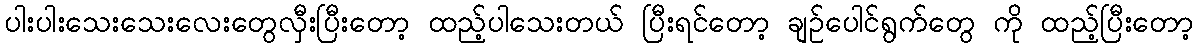
ပါးပါးသေးသေးလေးတွေလှီးပြီးတော့ ထည့်ပါသေးတယ် ပြီးရင်တော့ ချဉ်ပေါင်ရွက်တွေ ကို ထည့်ပြီးတော့